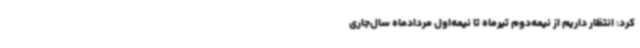
کرد: انتظار داریم از نیمه‌دوم تیرماه تا نیمه‌اول مردادماه سال‌جاری